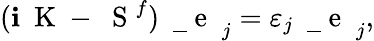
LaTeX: (\mathbf{i}\mathrm{{~\mathbf{~}K~}}-\mathrm{{~\mathbf{~}S~}}^{f})\mathrm{{~\mathbf{~}\underline{{~}}{~e~}~}}_{j}=\varepsilon_{j}\mathrm{{~\mathbf{~}\underline{{~}}{~e~}~}}_{j},